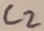
Text: C2